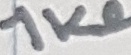
Text: 1KΩ